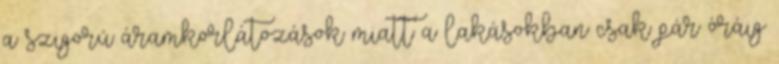
a szigorú áramkorlátozások miatt a lakásokban csak pár óráig